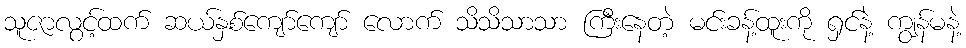
သူဇာလွင့်ထက် ဆယ်နှစ်ကျော်ကျော် လောက် သိသိသာသာ ကြီးနေတဲ့ မင်းခန့်ထူးကို ရှင်နဲ့ ကျွန်မနဲ့